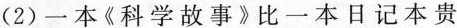
(2)一本《科学故事》比一本日记本贵